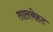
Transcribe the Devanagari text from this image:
तालबेहट